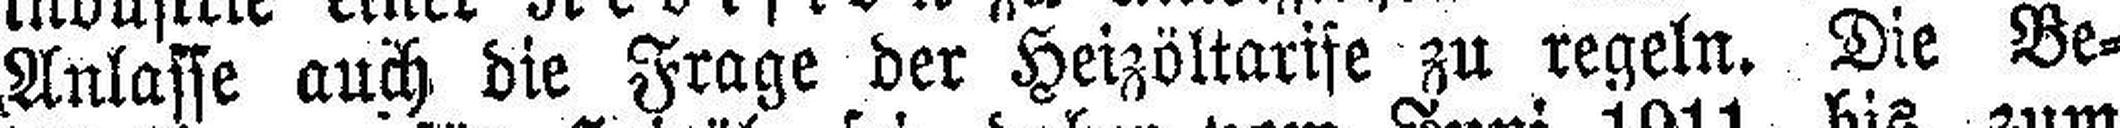
Anlasse auch die Frage der Heizöltarife zu regeln. Die Be¬